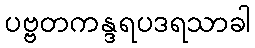
ပဗ္ဗတကန္ဒရပဒရသာခါ